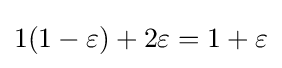
1(1-\varepsilon )+2\varepsilon =1+\varepsilon